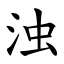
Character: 浊